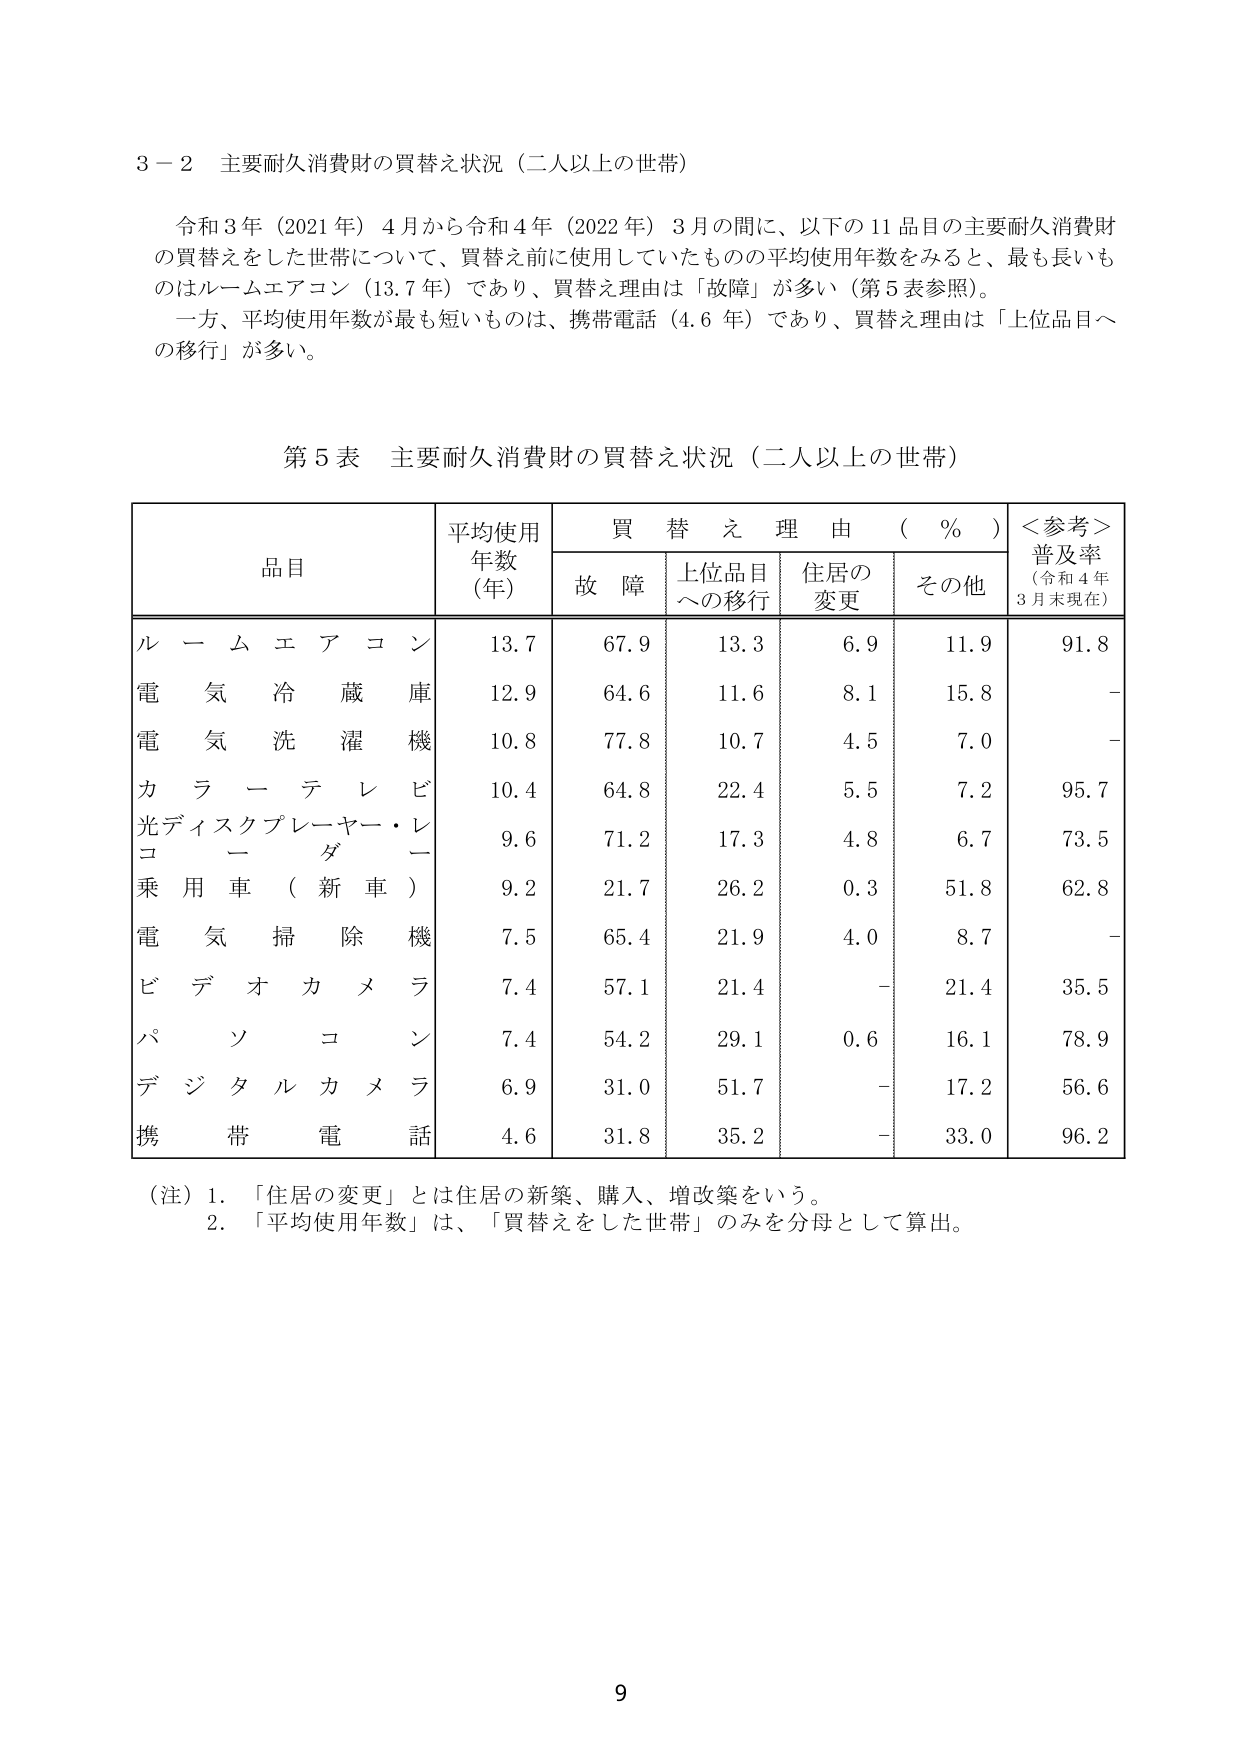
3－2 主要耐久消費財の買替え状況（二人以上の世帯）

令和3年（2021年）4月から令和4年（2022年）3月の間に、以下の11品目の主要耐久消費財の買替えをした世帯について、買替え前に使用していたものの平均使用年数をみると、最も長いものはルームエアコン（13.7年）であり、買替え理由は「故障」が多い（第5表参照）。
一方、平均使用年数が最も短いものは、携帯電話（4.6年）であり、買替え理由は「上位品目への移行」が多い。

第5表 主要耐久消費財の買替え状況（二人以上の世帯）

品目 平均使用年数（年） 買替え理由（％） ＜参考＞普及率（令和4年3月末現在）
　　　　　　　　　　　　故障 上位品目への移行 住居の変更 その他

ルームエアコン 13.7 67.9 13.3 6.9 11.9 91.8
電気冷蔵庫 12.9 64.6 11.6 8.1 15.8 －
電気洗濯機 10.8 77.8 10.7 4.5 7.0 －
カラーテレビ 10.4 64.8 22.4 5.5 7.2 95.7
光ディスクプレーヤー・レコーダー 9.6 71.2 17.3 4.8 6.7 73.5
乗用車（新車） 9.2 21.7 26.2 0.3 51.8 62.8
電気掃除機 7.5 65.4 21.9 4.0 8.7 －
ビデオカメラ 7.4 57.1 21.4 － 21.4 35.5
パソコン 7.4 54.2 29.1 0.6 16.1 78.9
デジタルカメラ 6.9 31.0 51.7 － 17.2 56.6
携帯電話 4.6 31.8 35.2 － 33.0 96.2

（注）1. 「住居の変更」とは住居の新築、購入、増改築をいう。
　　2. 「平均使用年数」は、「買替えをした世帯」のみを分母として算出。

9